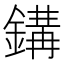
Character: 𨪋